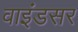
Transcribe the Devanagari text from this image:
वाइंडसर